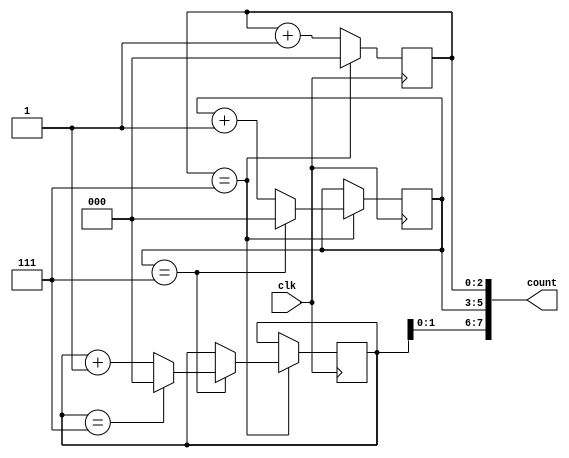
module cascaded_counter (
    input wire clk,
    output reg [7:0] count
);

reg [2:0] counter_1, counter_2, counter_3;

always @ (posedge clk) begin
    if (counter_1 == 7) begin
        counter_1 <= 0;
        if (counter_2 == 7) begin
            counter_2 <= 0;
            if (counter_3 == 7) begin
                counter_3 <= 0;
            end else begin
                counter_3 <= counter_3 + 1;
            end
        end else begin
            counter_2 <= counter_2 + 1;
        end
    end else begin
        counter_1 <= counter_1 + 1;
    end
end

assign count = {counter_3, counter_2, counter_1};

endmodule